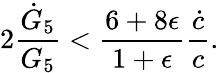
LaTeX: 2{\frac{\dot{G}_{5}}{G_{5}}}<{\frac{6+8\epsilon}{1+\epsilon}}{\frac{\dot{c}}{c}}.